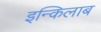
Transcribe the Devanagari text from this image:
इन्किलाब